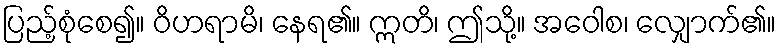
ပြည့်စုံစေ၍။ ဝိဟရာမိ၊ နေရ၏။ ဣတိ၊ ဤသို့။ အဝေါစ၊ လျှောက်၏။